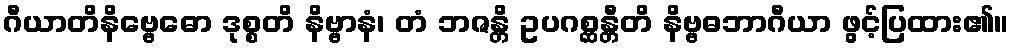
ဂီယာတိနိဗ္ဗေဓော ဒုစ္စတိ နိဗ္ဗာနံ၊ တံ ဘဇန္တိ ဥပဂစ္ဆန္တီတိ နိဗ္ဗဓဘာဂီယာ ဖွင့်ပြထား၏။